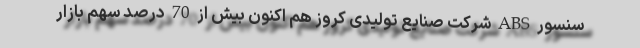
سنسور ABS شرکت صنایع تولیدی کروز هم اکنون بیش از 70 درصد سهم بازار